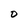
Character: D